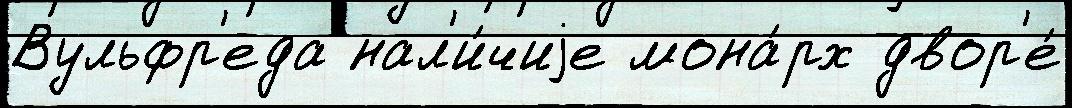
Вульфр'еда нал'и́чиjе мона́рх двор'е́